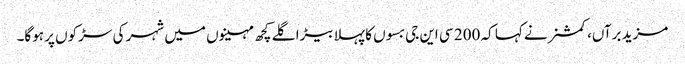
مزید برآں، کمشنر نے کہا کہ 200 سی این جی بسوں کا پہلا بیڑا گلے کچھ مہینوں میں شہر کی سڑکوں پر ہوگا۔